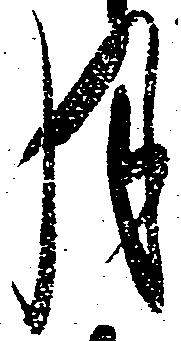
月